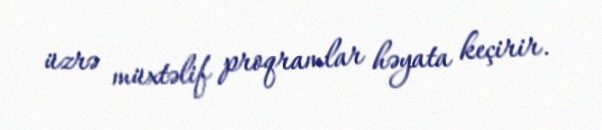
üzrə müxtəlif proqramlar həyata keçirir.